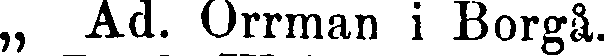
„ Ad. Orrman i Borgå.